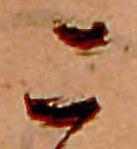
こ